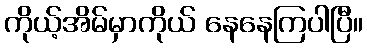
ကိုယ့်အိမ်မှာကိုယ် နေနေကြပါပြီ။